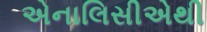
એનાલિસીએથી